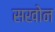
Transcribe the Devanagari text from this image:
सखोन